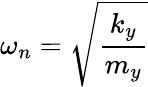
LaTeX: \omega_{n}=\sqrt{\frac{k_{y}}{m_{y}}}